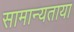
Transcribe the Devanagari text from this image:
सामान्यताया